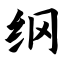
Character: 纲